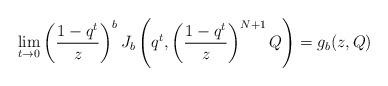
LaTeX: \begin{align*} \lim_{t \to 0} \left( \frac{1-q^t}{z} \right)^b J_b \left( q^t,\left( \frac{1-q^t}{z}\right)^{N+1} Q \right) = g_b(z,Q) \end{align*}